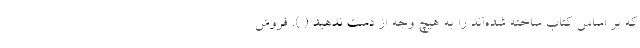
که بر اساس کتاب ساخته شده‌اند را به هیچ وجه از دست ندهید ( ). فروش